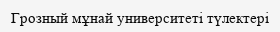
Грозный мұнай университеті түлектері